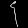
Digit: ၄